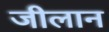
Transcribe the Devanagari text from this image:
जीलान